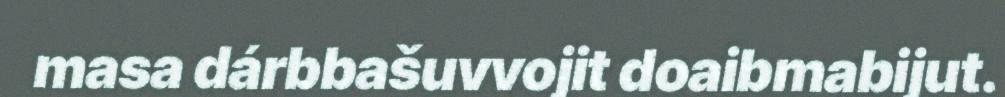
masa dárbbašuvvojit doaibmabijut.